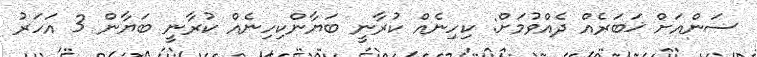
ސަންއަށް ޚަބަރެއް ދެއްވުމަށް: ކިހިނެއް ކުރާނީ ބަޔާންކިހިނެއް ކުރާނީ ބަޔާން 3 އަހަރު